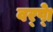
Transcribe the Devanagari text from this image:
वर्ष्‍ेा